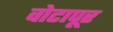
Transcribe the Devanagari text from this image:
वोटापूर